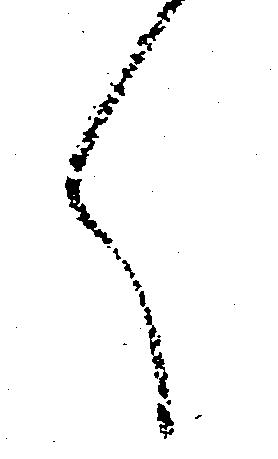
く